Vaccination United Provinces of Agra and Oudh 1902-1913 - 1902-1913
Year: 1902
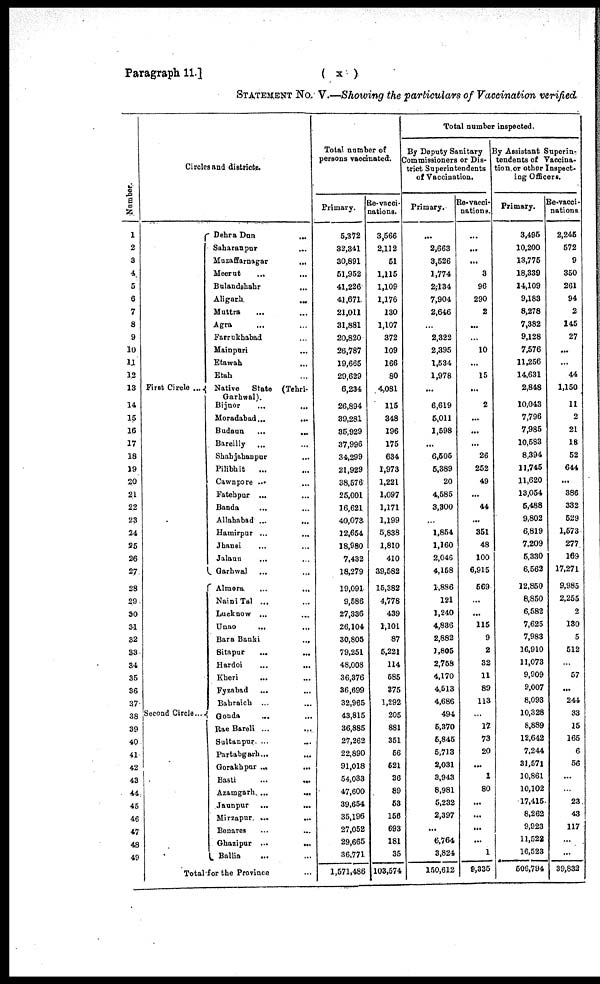
( x )
Paragraph 11.]
STATEMENT No. V.—Showing the particulars of Vaccination verified
Number.
1
2
3
4
5
6
7
8
9
10
11
12
13
14
15
16
17
18
19
20
21
22
23
24
25
26
27
28
29
30
31
32
33
34
35
36
37
38
39
40
41
42
43
44
45
46
47
48
49
Circles and districts.
First Circle ...
Second Circle ...
Dehra Dun ... ...
Saharanpur ... ...
Muzaffarnagar
...
Meerut ... ...
Bulandshahr ... ...
Aligarh ... ...
Muttra ... ...
Agra ... ...
Farrukhabad ... ...
Mainpuri ... ...
Etawah ... ...
Etah ... ...
Native
State (Tehri-
Garhwal).
Bijnor
...
...
Moradabad ...
...
Budaun ... ...
Bareilly ... ...
Shahjahanpur ... ...
Pilibhit
... ...
Cawnpore ... ...
Fatehpur ...
...
Banda
...
...
Allahabad ...
...
Hamirpur ... ...
Jhansi ... ...
Jalaun ... ...
Garhwal ...
...
Almora
...
...
Naini Tal ... ...
Lucknow ... ...
Unao
...
...
Bara Banki
... ...
Sitapur ... ...
Hardoi
...
...
Kheri ... ...
Fyzabad ... ...
Bahraich ... ...
Gonda ... ...
Rae Bareli ...
...
Sultanpur ... ...
Partabgarh ... ...
Gorakhpur ... ...
Basti
...
...
Azamgarh ...
...
Jaunpur ... ...
Mirzapur ...
...
Benares ... ...
Ghazipur ...
...
Ballia ... ...
Total for the Province ...
Total number of
persons vaccinated.
Primary.
5,372
32,341
30,891
51,952
41,226
41,671
21,011
31,881
20,820
26,787
19,665
29,629
6,234
26,894
39,281
35,929
37,996
34,299
21,929
38,576
25,001
16,621
40,073
12,654
18,980
7,432
18,279
19,091
9,586
27,336
26,104
30,805
79,251
48,008
36,376
36,699
32,965
43,815
36,885
27,262
22,890
91,018
54,033
47,600
39,654
35,196
27,052
29,665
36,771
1,571,486
Re-vacci-
nations.
3,566
2,112
51
1,115
1,109
1,176
130
1,107
372
109
166
80
4,081
115
348
196
175
634
1,973
1,221
1,097
1,171
1,199
5,838
1,810
410
39,582
15,382
4,778
439
1,101
87
5,221
114
585
375
1,292
205
881
351
56
521
36
89
53
156
693
181
35
103,574
Total number inspected.
By Deputy Sanitary
Commissioners or Dis-
trict Superintendents
of Vaccination.
Primary.
...
2,663
3,526
1,774
2,134
7,904
2,646
...
2,322
2,395
1,534
1,978
...
6,619
5,011
1,598
...
6,505
5,389
20
4,585
3,300
...
1,854
1,160
2,046
4,158
1,886
121
1,240
4,836
2,882
1,805
2,758
4,170
4,513
4,686
494
5,370
5,845
5,713
2,031
3,943
8,981
5,232
2,397
...
6,764
3,824
150,612
Re-vacci-
nations.
...
...
...
3
96
290
2
...
10
...
15
...
2
...
...
...
26
252
49
...
44
...
351
48
100
6,915
569
...
...
115
9
2
32
11
89
113
...
17
73
20
...
1
80
...
...
...
...
1
9,335
By Assistant Superin-
tendents of Vaccina-
tion or other Inspect-
ing Officers.
Primary.
3,495
10,200
13,775
18,339
14,109
9,183
8,278
7,382
9,128
7,576
11,256
14,631
2,848
10,043
7,796
7,985
10,583
8,394
11,745
11,620
13,054
5,488
9,802
6,819
7,209
5,330
6,562
12,850
8,850
6,582
7,625
7,983
16,910
11,073
9,909
9,007
8,093
10,328
8,889
12,642
7,244
31,571
10,861
10,102
17,415
8,262
9,923
11,522
16,523
506,794
Re-vacci¬
nations.
2,245
572
9
350
261
94
2
145
27
...
...
44
1,150
11
2
21
18
52
644
...
386
332
529
1,573
277
169
17,271
9,985
2,255
2
130
5
512
57
244
33
15
165
6
56
...
23
43
117
...
...
39,832